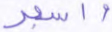
واسجد